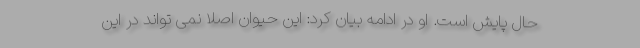
حال پایش است. او در ادامه بیان کرد: این حیوان اصلا نمی تواند در این